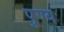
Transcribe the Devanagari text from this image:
पु्ण्य